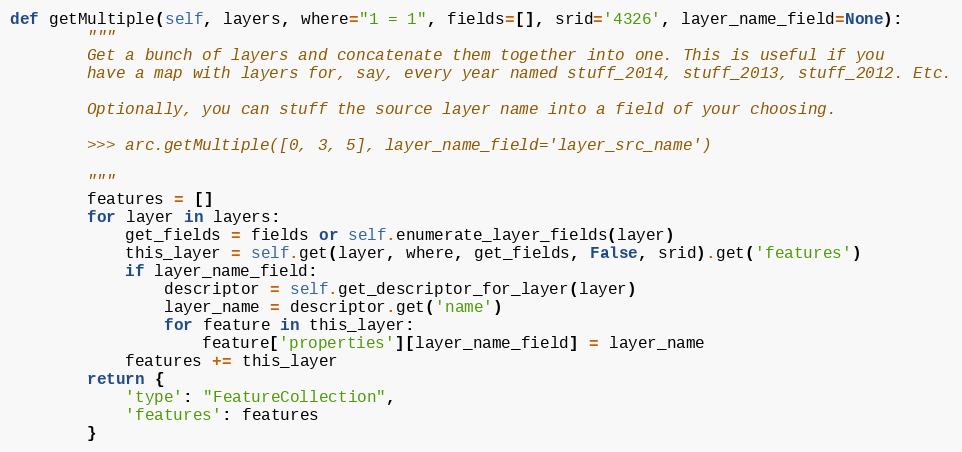
Language: Python
def getMultiple(self, layers, where="1 = 1", fields=[], srid='4326', layer_name_field=None):
        """
        Get a bunch of layers and concatenate them together into one. This is useful if you
        have a map with layers for, say, every year named stuff_2014, stuff_2013, stuff_2012. Etc.

        Optionally, you can stuff the source layer name into a field of your choosing.

        >>> arc.getMultiple([0, 3, 5], layer_name_field='layer_src_name')

        """
        features = []
        for layer in layers:
            get_fields = fields or self.enumerate_layer_fields(layer)
            this_layer = self.get(layer, where, get_fields, False, srid).get('features')
            if layer_name_field:
                descriptor = self.get_descriptor_for_layer(layer)
                layer_name = descriptor.get('name')
                for feature in this_layer:
                    feature['properties'][layer_name_field] = layer_name
            features += this_layer
        return {
            'type': "FeatureCollection",
            'features': features
        }